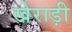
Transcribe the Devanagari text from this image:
खेराड़ी